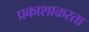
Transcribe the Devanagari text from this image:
प्रकाशाकरता